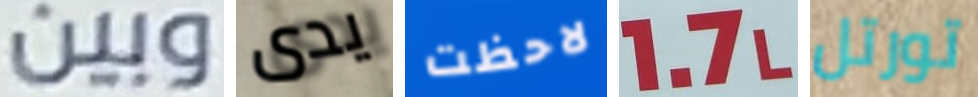
وبين يدى لاحظت 1.7L تورتل